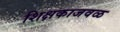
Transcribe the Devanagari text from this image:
शिक्षकाजवळ